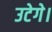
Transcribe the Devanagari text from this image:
उटेगे।